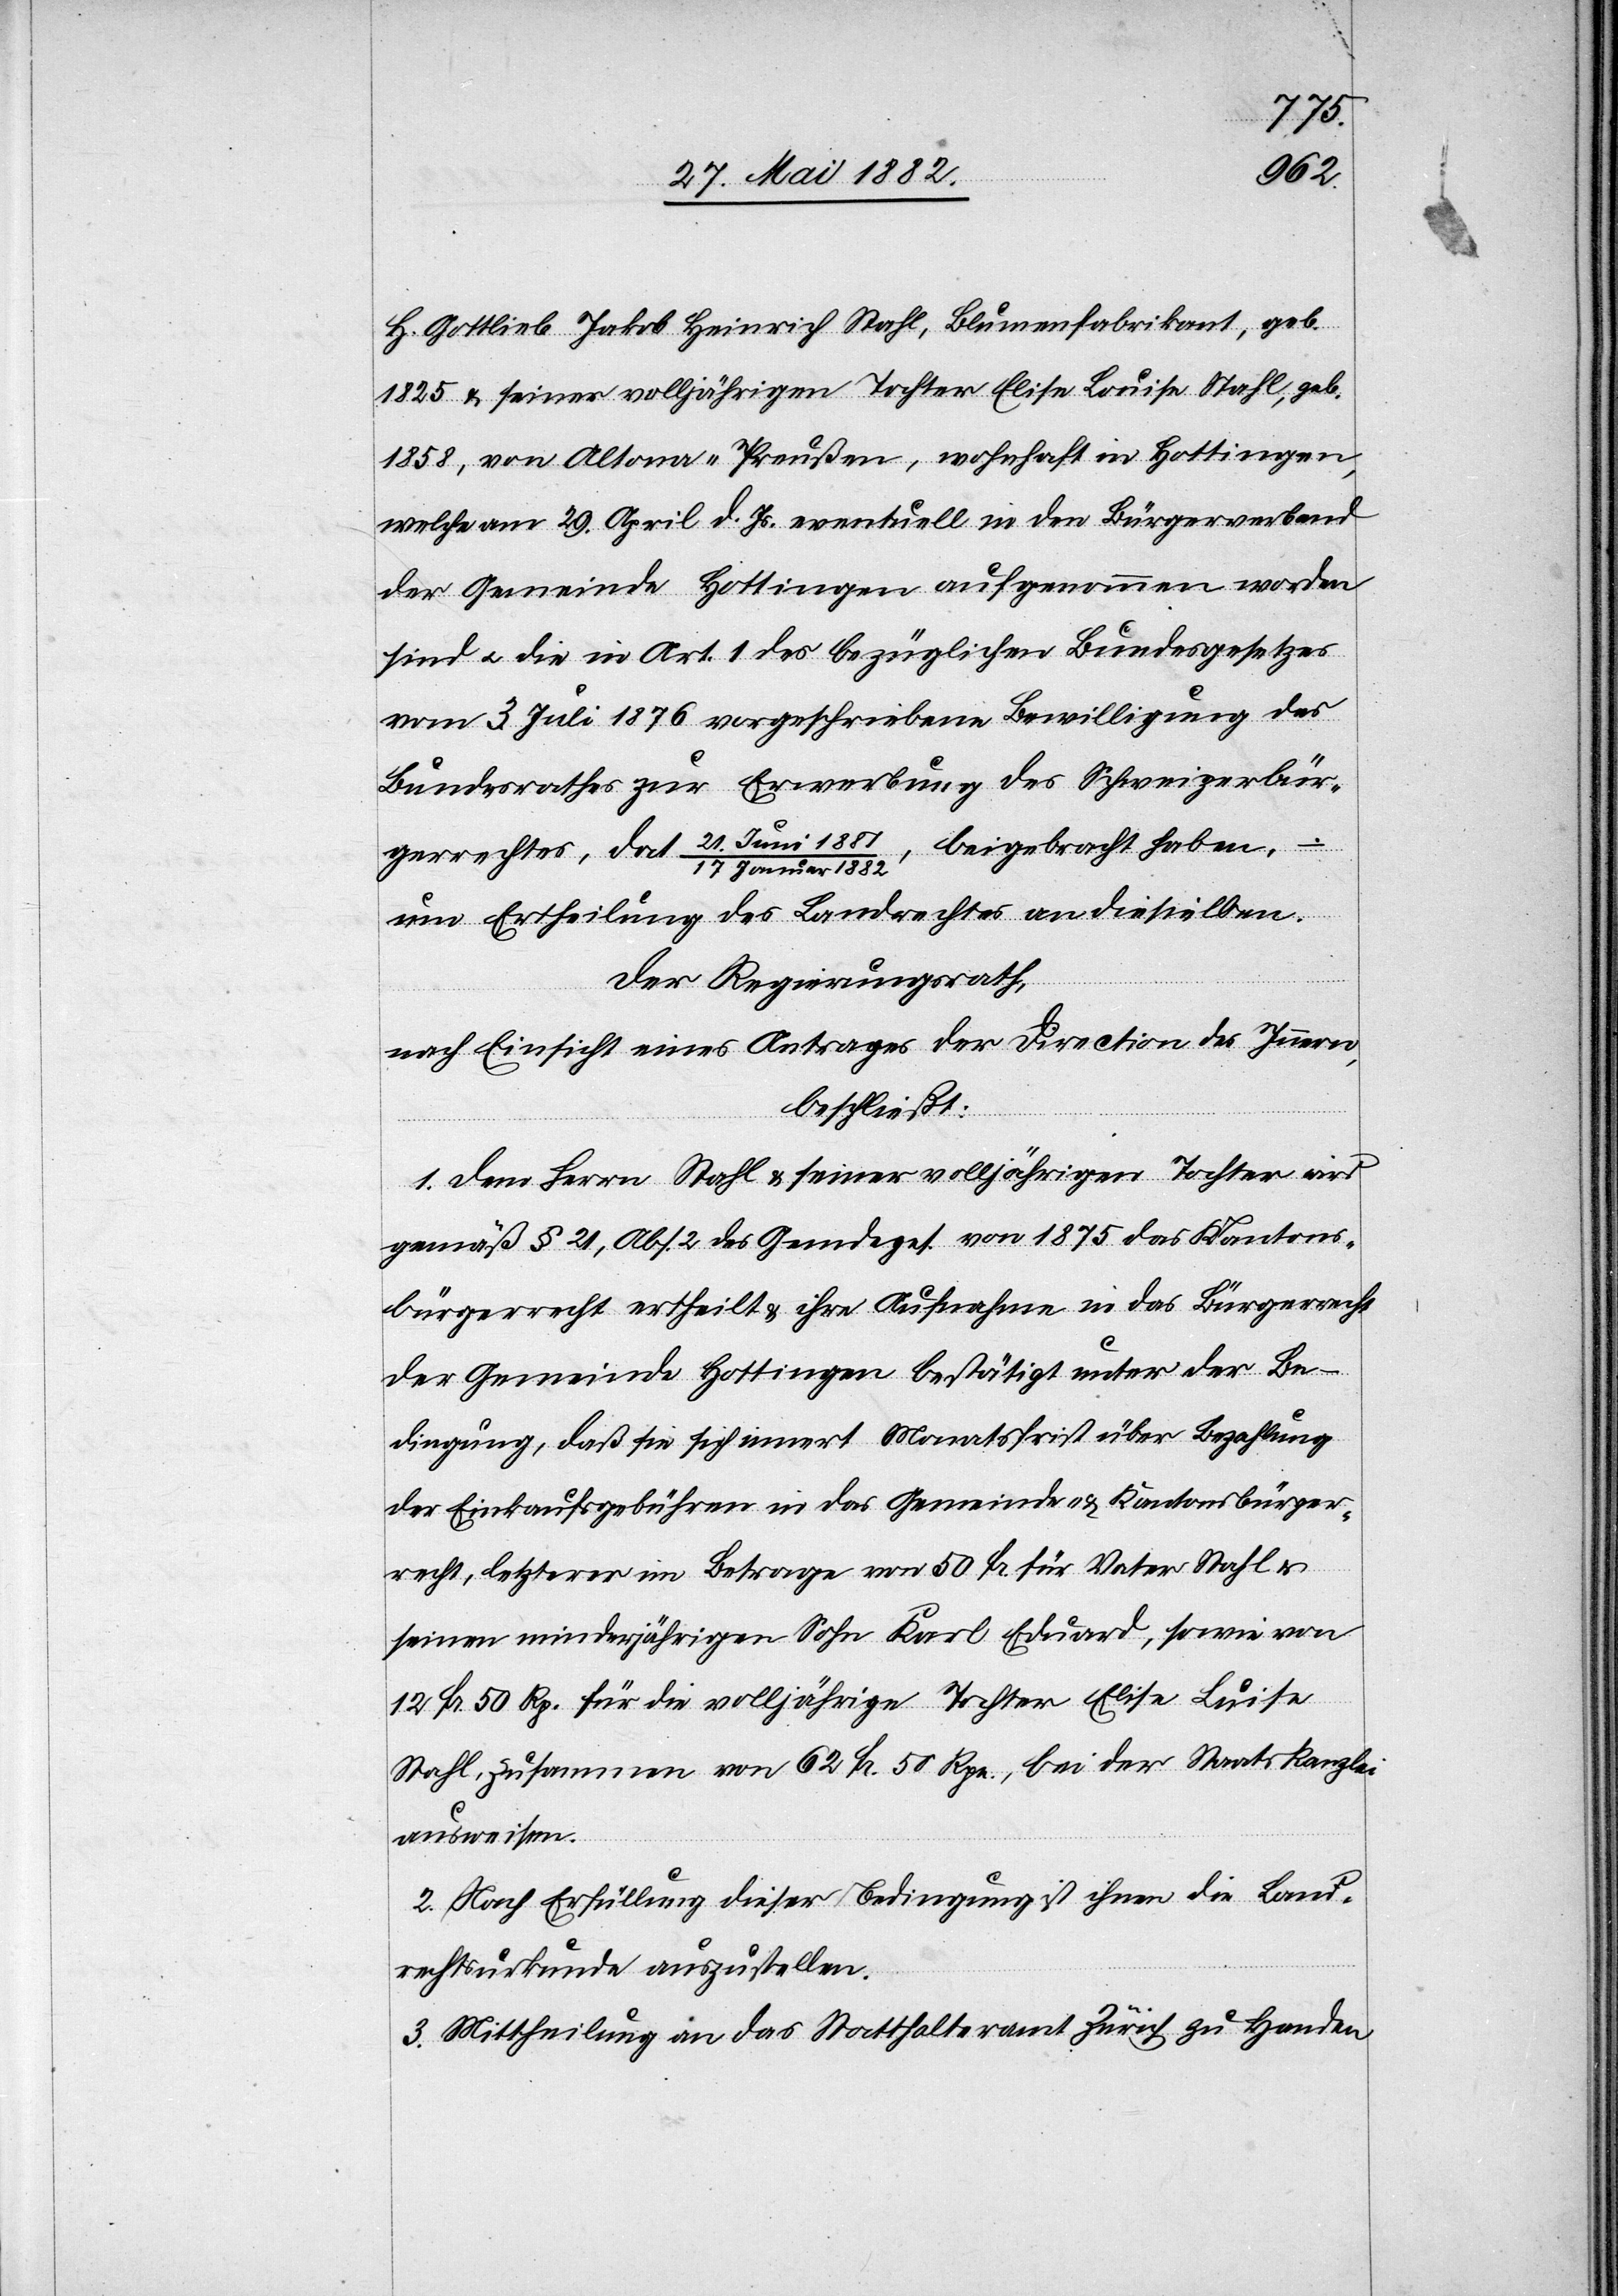
H. Gottlieb Jakob Heinrich Stahl, Blumenfabrikant, geb.
1825, & seiner volljährigen Tochter Elise Louise Stahl, geb.
1858, von Altona - Preußen, wohnhaft in Hottingen,
welche am 29. April d. Js. eventuell in den Bürgerverband
der Gemeinde Hottingen aufgenommen worden
sind u. die in Art. 1 des bezüglichen Bundesgesetzes
vom 3. Juli 1876 vorgeschriebene Bewilligung des
Bundesrathes zur Erwerbung des Schweizerbür¬
gerrechtes, dat. 21. Juni 1881/17. Januar 1882, beigebracht haben,
um Ertheilung des Landrechtes an dieselben.
Der Regierungsrath,
nach Einsicht eines Antrages der Direction des Innern,
beschließt:
1. Dem Herrn Stahl & seiner volljährigen Tochter wird
gemäß § 21, Abs. 2 des Gemdeges. von 1875 das Kantons¬
bürgerrecht ertheilt & ihre Aufnahme in das Bürgerrecht
der Gemeinde Hottingen bestätigt unter der Be¬
dingung, daß sie sich innert Monatsfrist über Bezahlung
der Einkaufsgebühren in das Gemeinde- & Kantonsbürger¬
recht, letzterer im Betrage von 50 Fr. für Vater Stahl &
12 Fr. 50 Rp. für die volljährige Tochter Elise Louise
Stahl, zusammen von 62 Fr. 50 Rpn., bei der Staatskanzlei
ausweisen.
2. Nach Erfüllung dieser Bedingung ist ihnen die Land¬
rechtsurkunde auszustellen.
3. Mittheilung an das Statthalteramt Zürich zu Handen